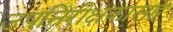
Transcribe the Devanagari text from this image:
उपनिरीक्षकासह